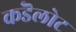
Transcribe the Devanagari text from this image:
कडॆलोट